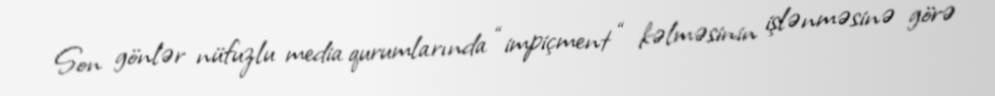
Son gönlər nüfuzlu media qurumlarında “impiçment “ kəlməsinin işlənməsinə görə